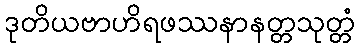
ဒုတိယဗာဟိရဖဿနာနတ္တသုတ္တံ